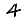
Digit: 4